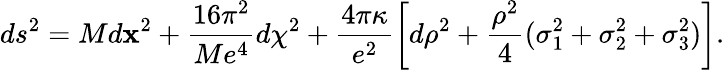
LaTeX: ds^{2}=Md{\mathbf x}^{2}+{\frac{16\pi^{2}}{Me^{4}}}d\chi^{2}+\frac{4\pi\kappa}{e^{2}}\left[d\rho^{2}+{\frac{\rho^{2}}{4}}(\sigma_{1}^{2}+\sigma_{2}^{2}+\sigma_{3}^{2})\right].